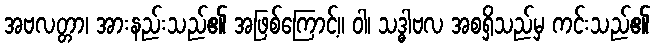
အဗလတ္တာ၊ အားနည်းသည်၏ အဖြစ်ကြောင့်။ ဝါ၊ သဒ္ဓါဗလ အစရှိသည်မှ ကင်းသည်၏